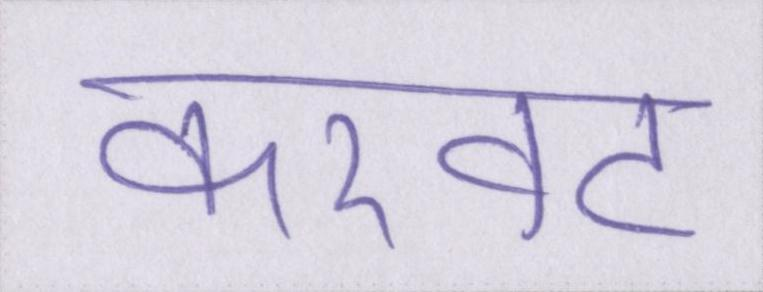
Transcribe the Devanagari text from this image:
करवट